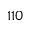
1 1 0